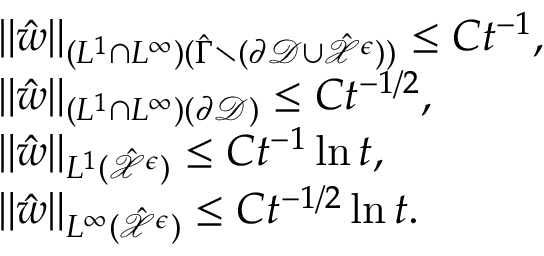
\begin{array} { r l } & { \| \hat { w } \| _ { ( L ^ { 1 } \cap L ^ { \infty } ) ( \hat { \Gamma } \setminus ( \partial \mathcal { D } \cup \hat { \mathcal { X } } ^ { \epsilon } ) ) } \leq C t ^ { - 1 } , } \\ & { \| \hat { w } \| _ { ( L ^ { 1 } \cap L ^ { \infty } ) ( \partial \mathcal { D } ) } \leq C t ^ { - 1 / 2 } , } \\ & { \| \hat { w } \| _ { L ^ { 1 } ( \hat { \mathcal { X } } ^ { \epsilon } ) } \leq C t ^ { - 1 } \ln t , } \\ & { \| \hat { w } \| _ { L ^ { \infty } ( \hat { \mathcal { X } } ^ { \epsilon } ) } \leq C t ^ { - 1 / 2 } \ln t . } \end{array}